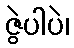
ဇွဲပါပဲ၊